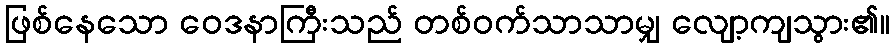
ဖြစ်နေသော ဝေဒနာကြီးသည် တစ်ဝက်သာသာမျှ လျော့ကျသွား၏။